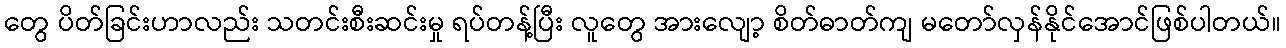
တွေ ပိတ်ခြင်းဟာလည်း သတင်းစီးဆင်းမှု ရပ်တန့်ပြီး လူတွေ အားလျော့ စိတ်ဓာတ်ကျ မတော်လှန်နိုင်အောင်ဖြစ်ပါတယ်။